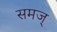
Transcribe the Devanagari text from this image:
समज्